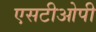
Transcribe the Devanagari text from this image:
एसटीओपी